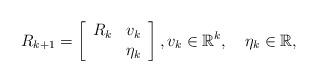
LaTeX: \begin{align*}R_{k+1}=\left[\begin{array}{cc}R_{k} & v_{k}\\ & \eta_{k}\end{array}\right],v_{k}\in\mathbb{R}^{k},\quad\eta_{k}\in\mathbb{R},\end{align*}